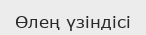
Өлең үзіндісі